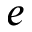
e